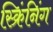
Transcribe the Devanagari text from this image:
स्क्रिंनिंग